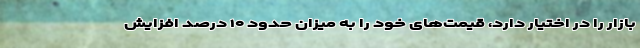
بازار را در اختیار دارد، قیمت‌های خود را به میزان حدود ۱۰ درصد افزایش